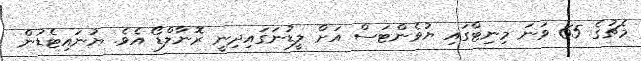
މެޗުގެ 65 ވަނަ މިނިޓްގައި ޔުވެންޓަސް އަށް ލީޑުނަގައިދިނީ ރޮނާލްޑޯ އެވެ. ޔުނައިޓެޑުން